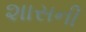
શાસની